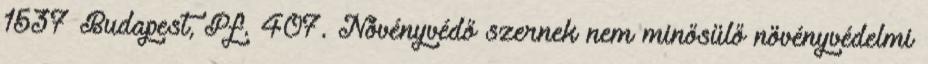
1537 Budapest, Pf. 407. Növényvédő szernek nem minősülő növényvédelmi